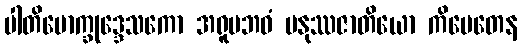
ပါတိမောက္ခုဒ္ဒေသကော အရူပဘဝံ မနုဿဇာတိယော ကိမေတေန